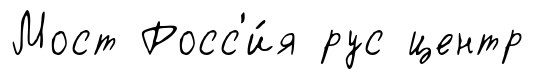
Мост Росс'и́я рус центр